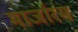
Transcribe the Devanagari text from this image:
मार्जारम